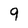
Character: 9